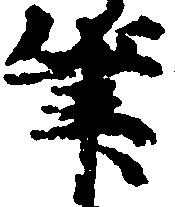
筆